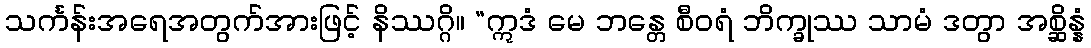
သင်္ကန်းအရေအတွက်အားဖြင့် နိဿဂ္ဂိ။ “ဣဒံ မေ ဘန္တေ စီဝရံ ဘိက္ခုဿ သာမံ ဒတွာ အစ္ဆိန္နံ